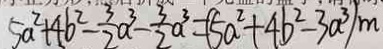
5 a ^ { 2 } + 4 b ^ { 2 } - \frac { 3 } { 2 } a ^ { 3 } - \frac { 3 } { 2 } a ^ { 3 } = ( 5 a ^ { 2 } + 4 b ^ { 2 } - 3 a ^ { 3 } ) m